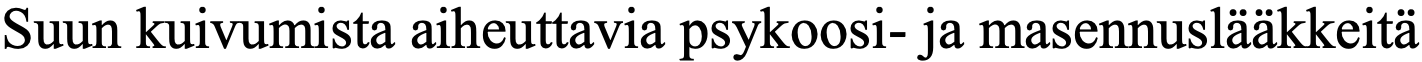
Suun kuivumista aiheuttavia psykoosi- ja masennuslääkkeitä